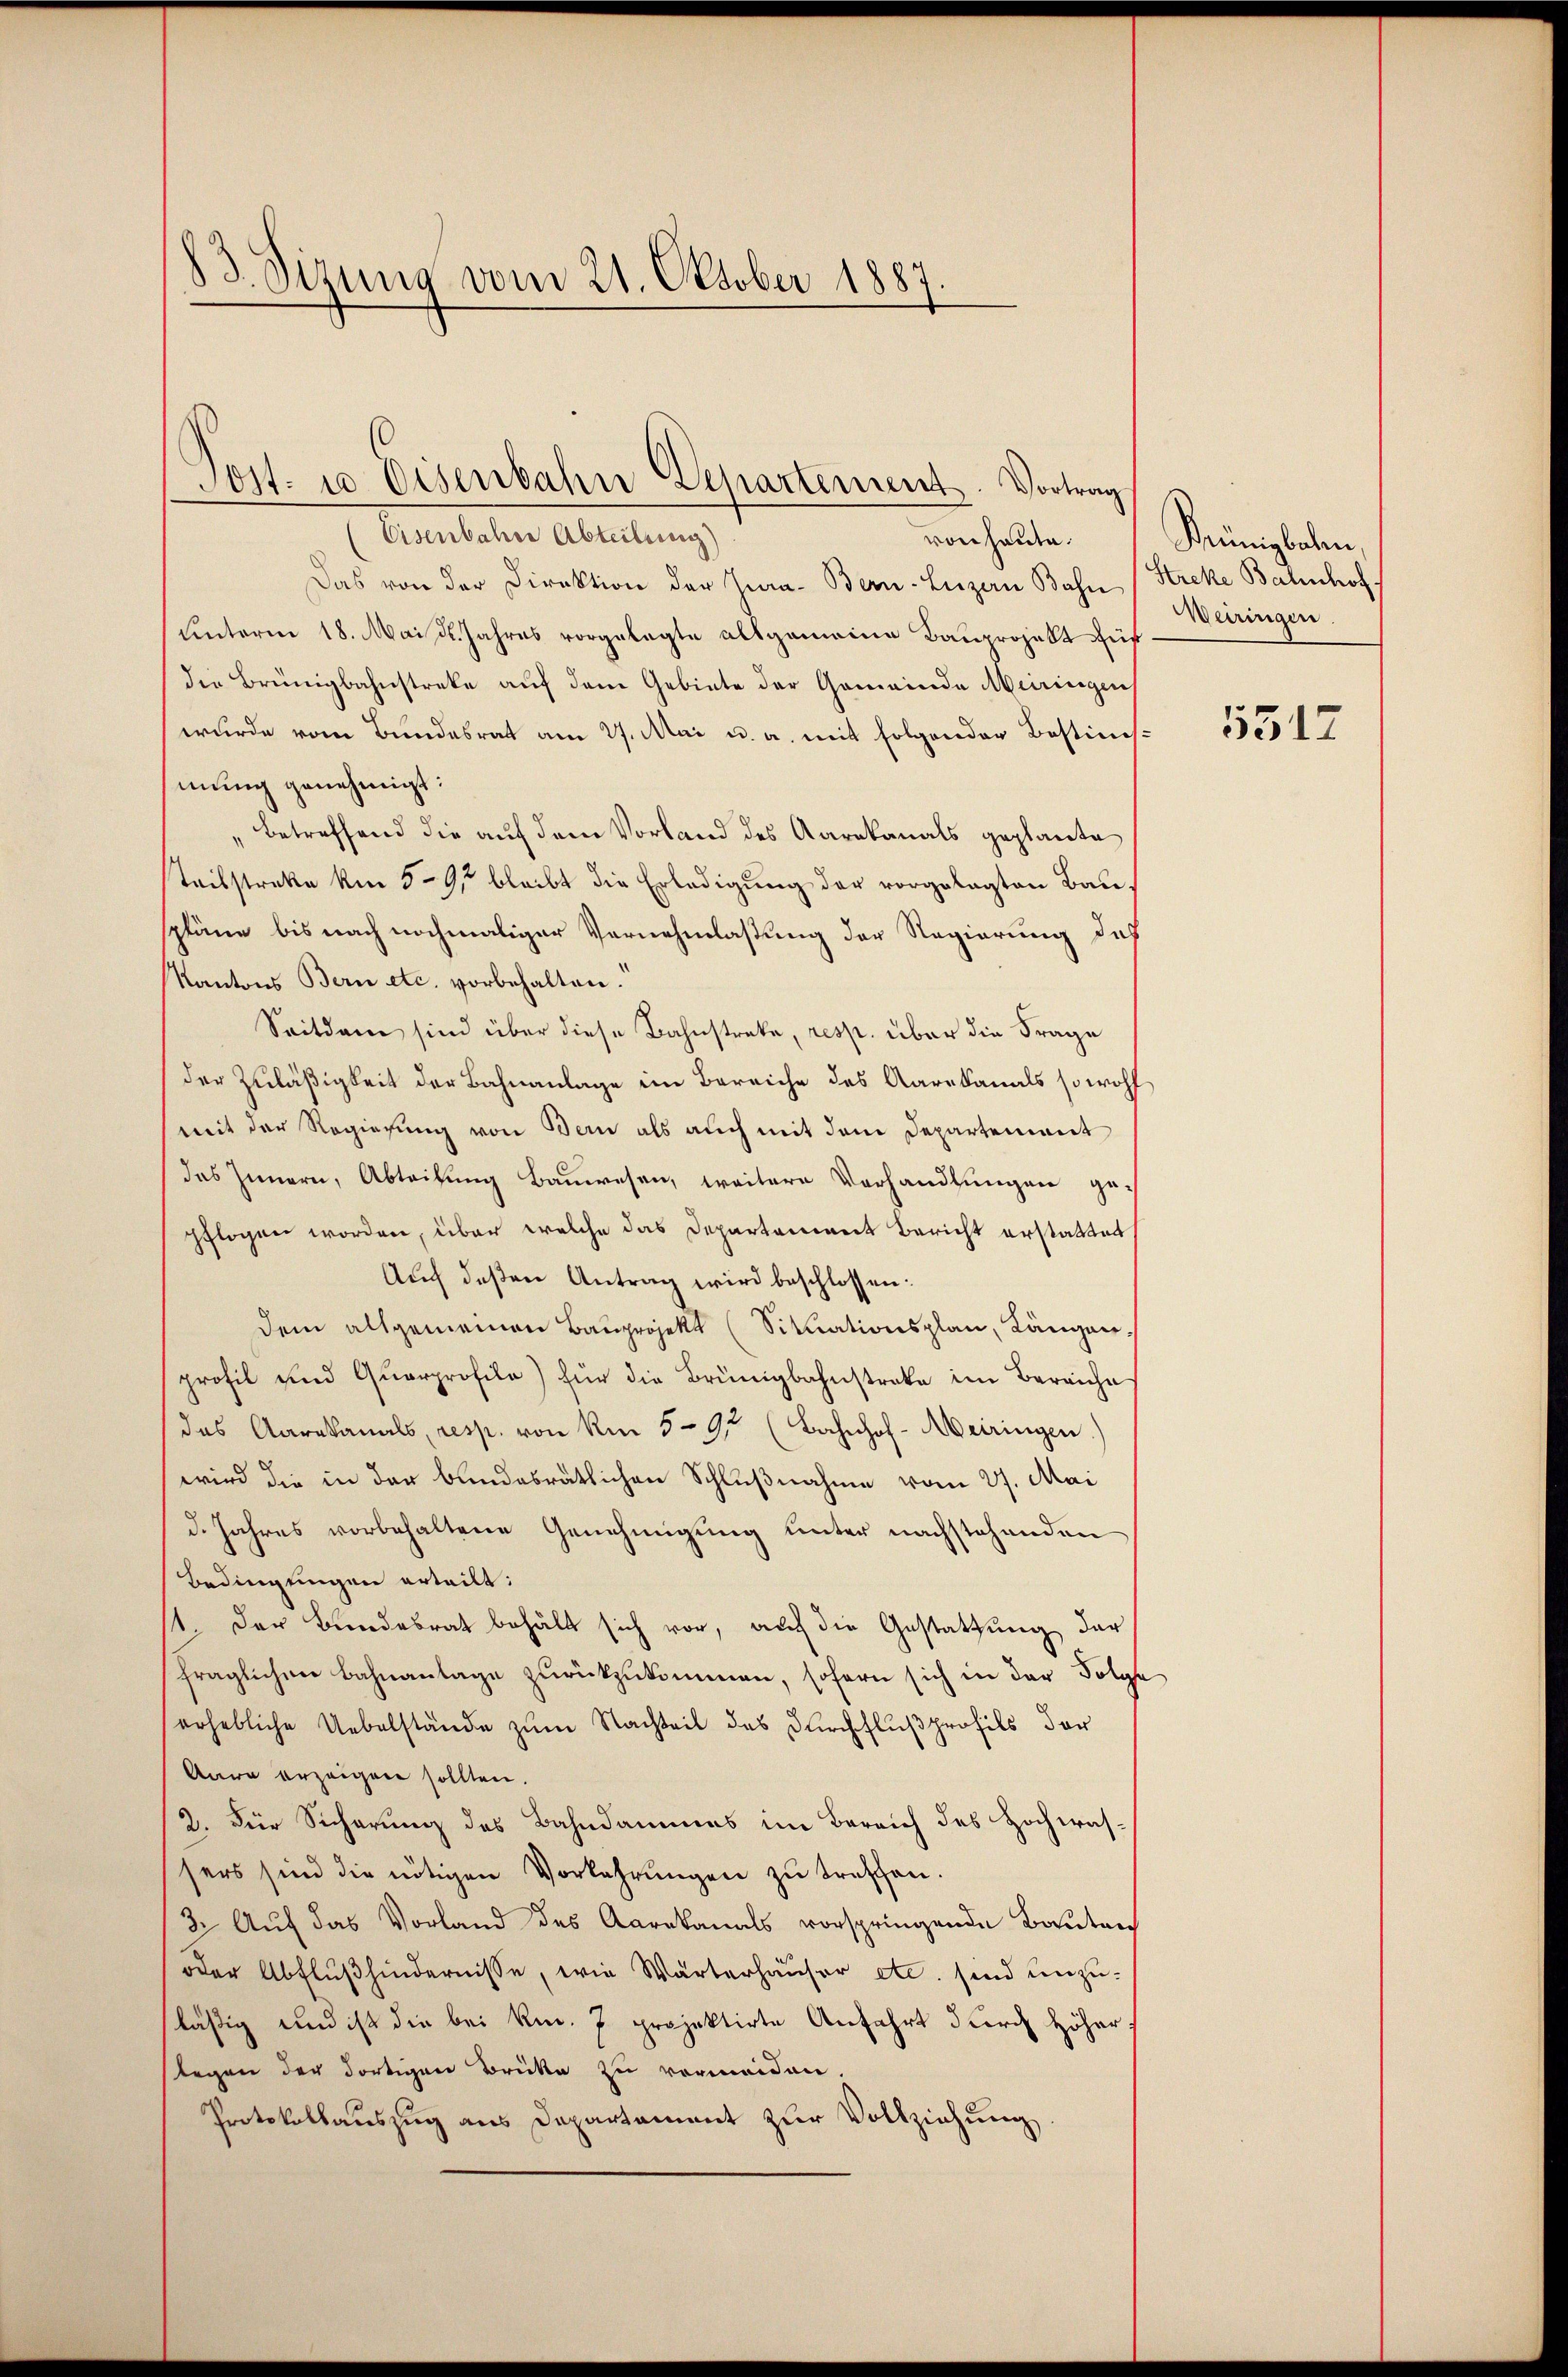
83. Sizung vom 21. Oktober 1887.

(Eisenbahre Abteilung)
von heute.
Das von der Direktion der Jura. Bern-Luzern Bahn (Streke Bahnhof
Unterm 18. Mai d. Jahres vorgelegte allgemeine Bauprojekt aufdie Breinigbahnstreke auf dem Gebiete der Gemeinde Meiringen
wurde vom Bundesrat am 27. Mai u. a. mit folgender Bestimmung genehmigt:
betreffend die auf dem Vorland des Aarakanals geplante
Teisstreke km 59, bleibt die Erledigung der vorgelegten Bau,
spläne bis nach nochmaliger Vernehmlassung der Regierung dieß
Kantons Bern etc. vorbehalten.
Seitdem sind über diese Bahnstreke, resp. über die Frage
der Zuläßigkeit der Bahnanlage im Bereiche des Aarekanals sowohl
mit der Regierung von Bern als auch mit dem Departement
das Innern, Abteilung Bauwesen, weitere Verhandlungen gepflogen worden, über welche das Departement Bericht erstattet
Aŭch deßen Antrag wird beschlossen:
dem allgemeinen Bauprojekt (Situationsplan, Längen
profil und Quarprofila) für die Brünigbahnstreke im Bereiche
das Aarekanals, resp. von Am 592 (Bahnhof-Meiringen.)
wird die in der bundesrätlichen Schlußnahme vom 27. Mai
d. Jahres vorbehaltene Genehmigung unter nachstehenden
Bedingungen erteilt:
1. Der Bundesrat behält sich vor, auch die Gestattung der
fraglichen Bahnanlage zurückzukommen, sofern sich in der Folge
erhebliche Uebelstände zum Nachteil des Durchflußprofils der
Aare erzeigen sollten.
2. Für Sicherung des Bahndammes im Bereich des Hochwassers sind die nötigen Vorkehrungen zu treffen.
3. Auf das Vorland des Aarakanals vorspringende Bauten
oder Abflußhindernisse, wie Wärterhauser etc. sind unzuläßig und ist die bei Rm. 7 projektirte Anfahrt durch Höher,
legen der dortigen Brücke zu vermeiden.
Protokollauszug aus Departement zur Vollziehung

Post- u Eisenbahn Departement. Vortrag

Münigbahn,
Weiringen

5517